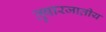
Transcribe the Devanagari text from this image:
तुषारजातीय